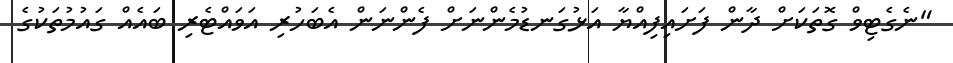
"ނެގެޓިވް ގޮތަކަށް ދާން ފަށައިފިއްޔާ އަޅުގަނޑުމެންނަށް ފެންނަން އެބަހުރި އަވައްޓެރި ބައެއް ގައުމުތަކުގެ